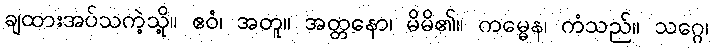
ချထားအပ်သကဲ့သို့။ ဧဝံ၊ အတူ။ အတ္တနော၊ မိမိ၏။ ကမ္မေန၊ ကံသည်။ သဂ္ဂေ၊